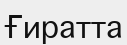
Ғиратта